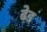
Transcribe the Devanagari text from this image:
ढेड